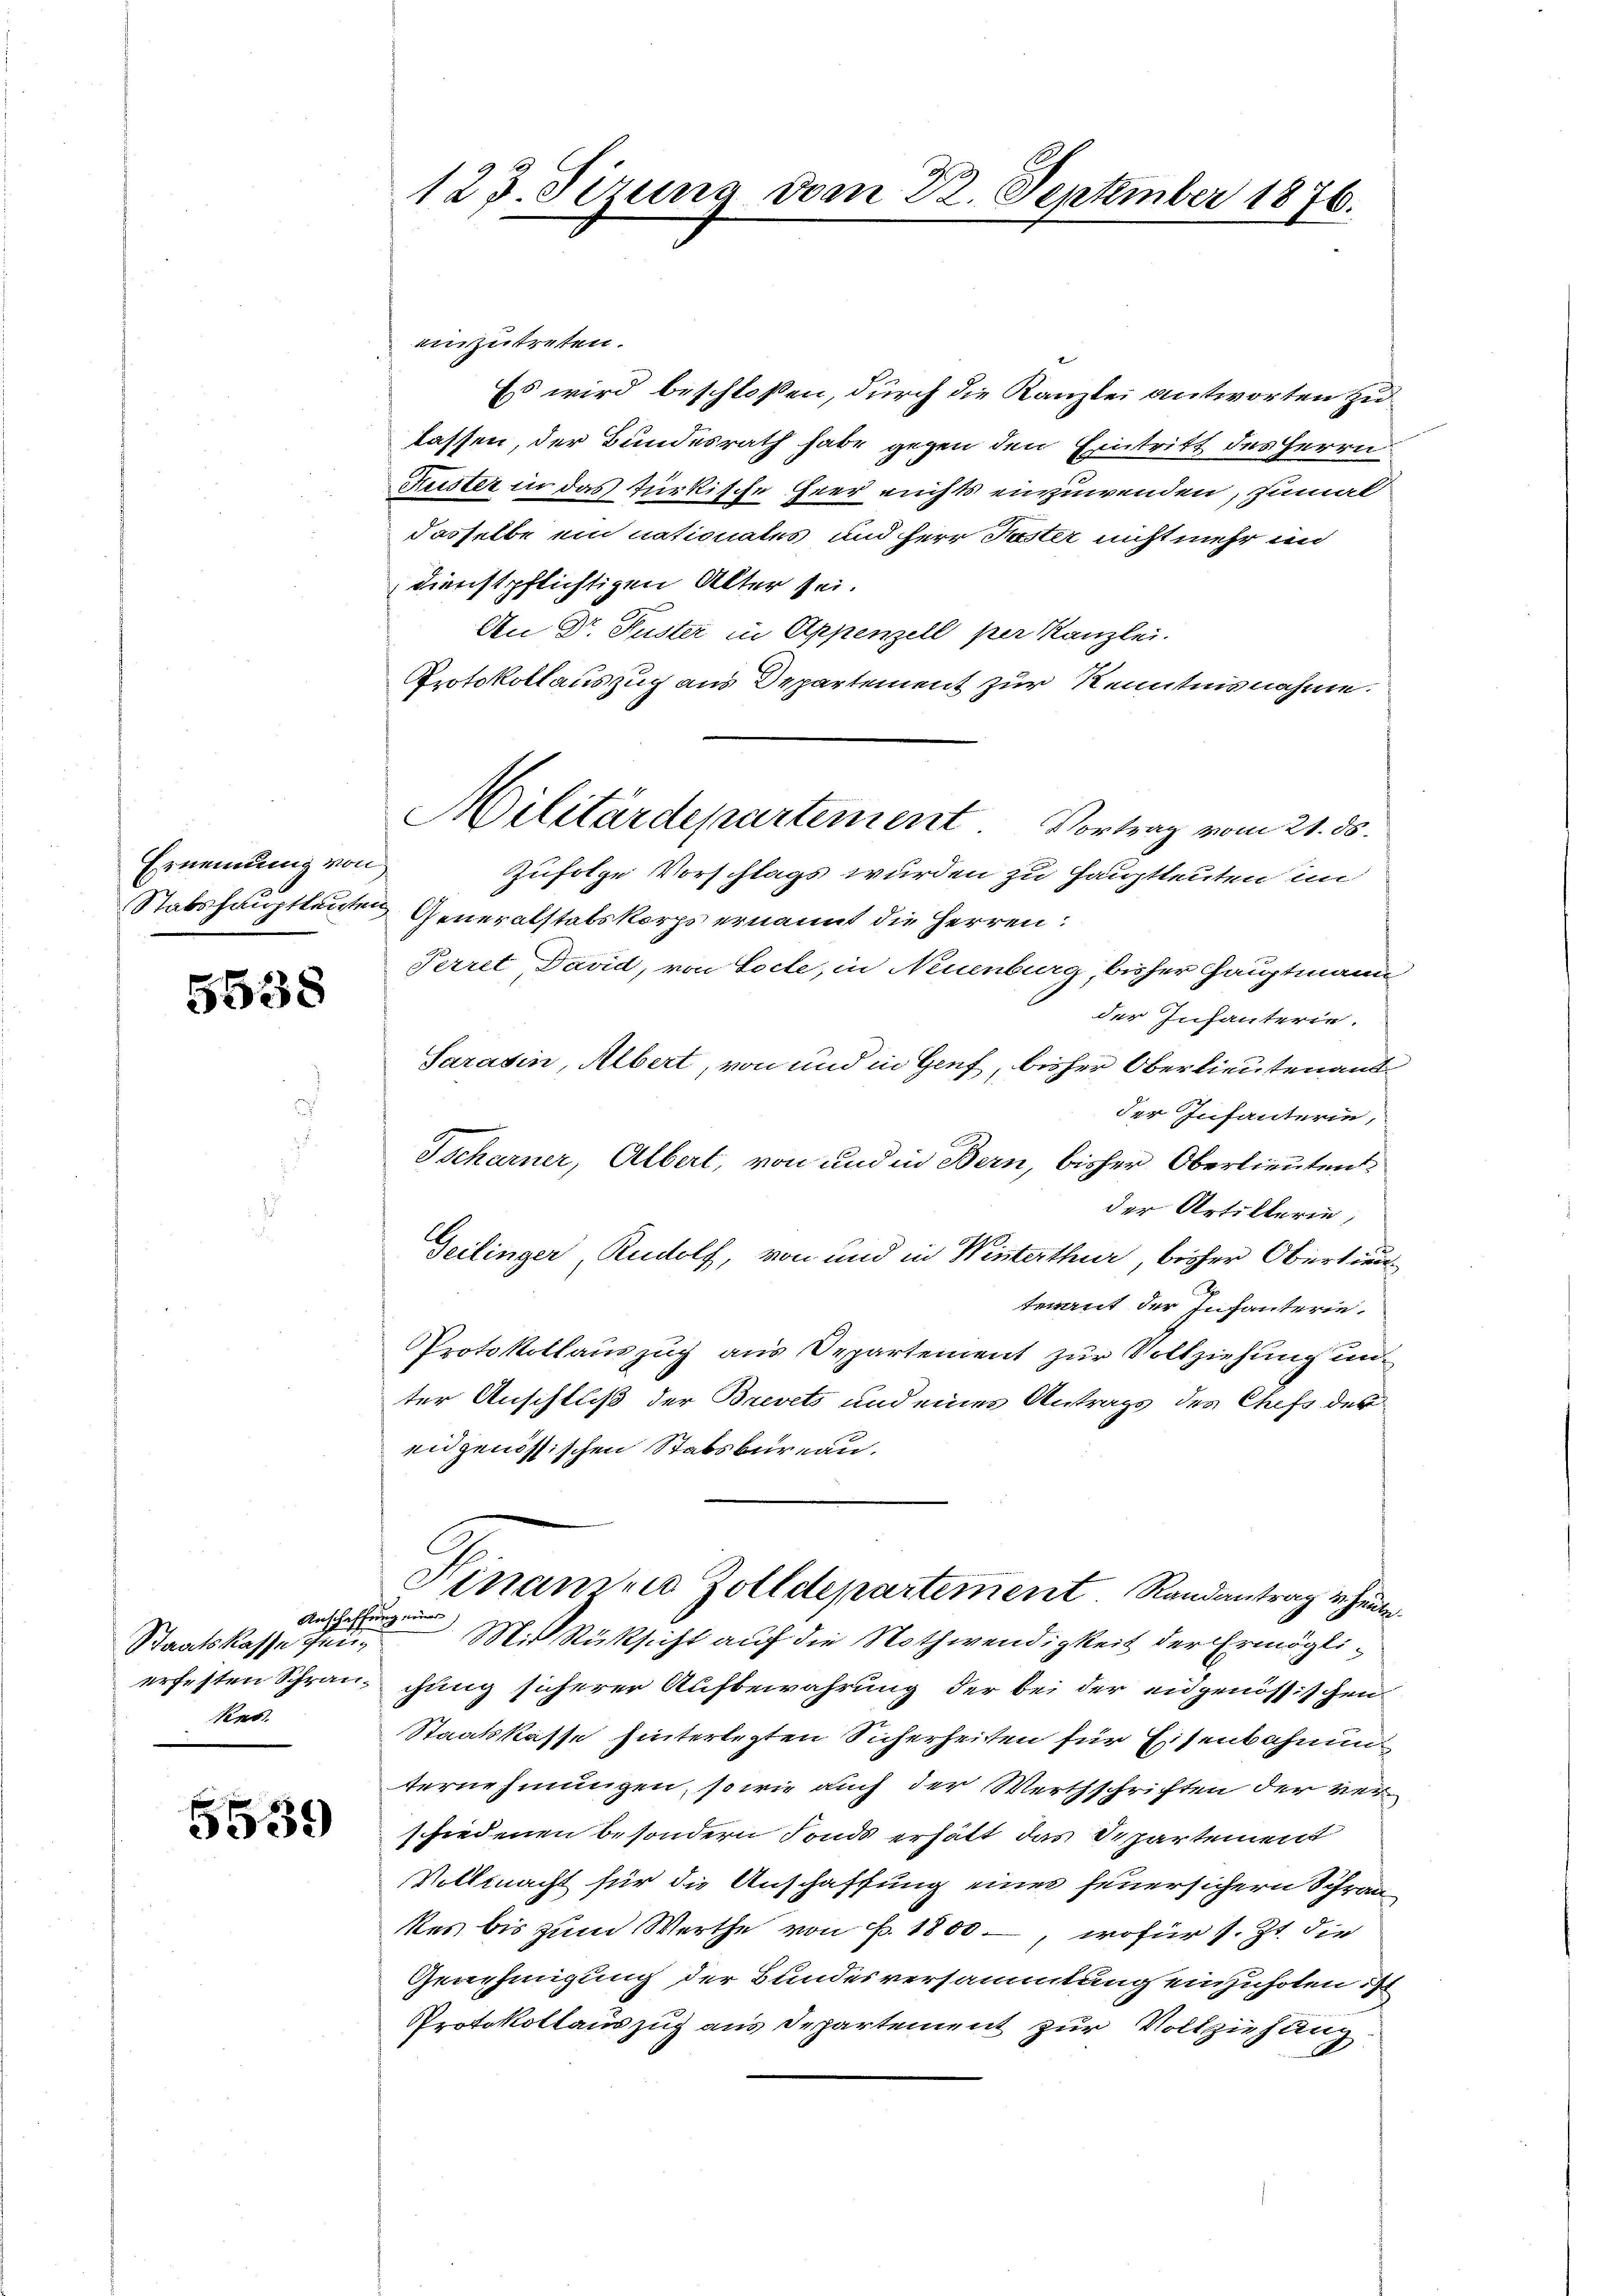
Ernennung von

5638

Staatskasse au
Res.

5539

einzutreten.
Ess wird beschlossen, durch die Kanzlei antworten zu
lassen, der Bundesrath habe gegen den Eintritt des Herrn
Kuster in das türkische Heer nichts einzuwenden, zumal
dasselbe ein nationates und Herr Poster nicht mehr un
dienstpflichtigen Alter sei.
An Dr. Puster in Appenzell per Kanzlei.
Protokollauszug aus Departement zur Kenntnisnahme.
Zufolge Vorschlags wurden zu Hauptleuten im
Stabshauptleuten Generalstalskorps ernannt die Herren:
Perret David, von Tocte, in Neuenburg, bisher Hauptmann
der Infanterie.
Sarasin, Albert, von und in Genf, bisher Oberlieutenamt
der Infanterie,
Tscharner, Albert, von und in Bern, bisher Oberlieuten
der Artillerin,
Geilinger, Rudolf, von und in Winterthur, bisher Obertreuterant der Infanterie¬
Protokollauszug aus Departement zur Vollziehung unter Anschluß der Brevets und eines Antrags des Chefs der
eidgenössischen Stabsbureau.
Hinanzen Zolldepartement Randantrag u. heute
Anschaffung einer
Mit Rüksicht auf die Nothwendigkeit der Ermöglierfesten Schrauchung sicherer Aufbewahrung der bei der eidgenössischen
Staatskasse hinterlegten Sicherheiten für Eisenbahnung
ternehmungen, so wie auch der Werthschriften der verschiedenen besondern Fonds erhält das Departement
Vollmacht für die Anschaffung einer feuersichern Schrankes bis zum Werthe von . 1800 –, wofür s. Zt. die
Genehmigung der Bundesversammlung einzuholen ist
Protokollauszug aus Departement zur Vollziehung

123. Sizung von 22. September 1876.

Militärdepartement Vortrag vom 21. ds.